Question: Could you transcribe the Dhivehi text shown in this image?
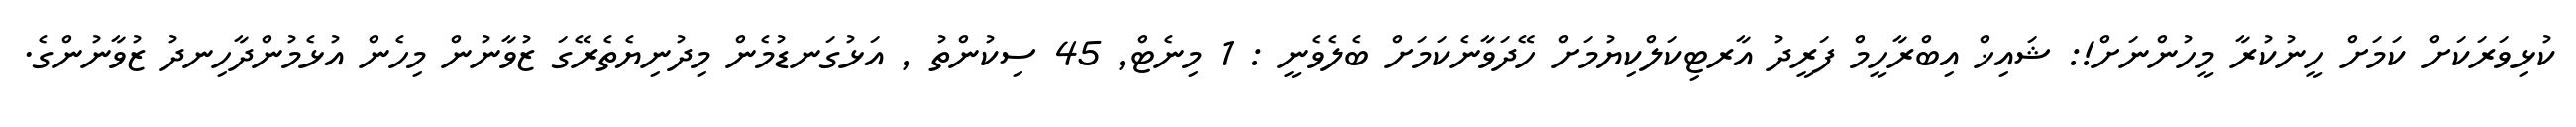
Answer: ކުޅިވަރަކަށް ކަމަށް ހީނުކުރާ މީހުންނަށް!: ޝައިޚް އިބްރާހީމް ފަރީދު އާރޓިކަލްކިޔުމަށް ހޭދަވާނެކަމަށް ބެލެވެނީ : 1 މިނެޓް, 45 ސިކުންތު , އަޅުގަނޑުމެން މިދުނިޔެތެރޭގަ ޒުވާނުން މިހެން އުޅެމުންދާހިނދު ޒުވާނުންގެ.